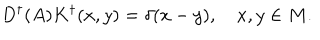
D ^ { \dagger } ( A ) K ^ { \dagger } ( x , y ) = \delta ( x - y ) , \quad x , y \in M .